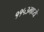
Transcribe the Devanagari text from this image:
११५३मध्ये